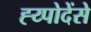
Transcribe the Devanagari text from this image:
ह्य्पोदेंसे